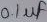
Text: 0,1µf